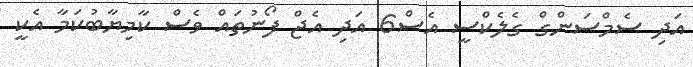
އަދި ސެމްސަންގް ގެލެކްސީ އެސް6 އަދި އެޖް ފޯނުތައް ވެސް ކާމިޔާބުކަމާ އެކީ